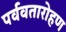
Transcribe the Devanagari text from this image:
पर्ववतारोहण